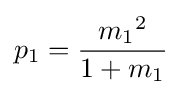
p_{1}={\frac {{m_{1}}^{2}}{1+m_{1}}}\